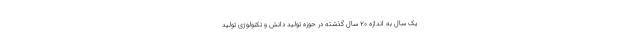
یک سال به اندازه ۲۰ سال گذشته در حوزه تولید دانش و تکنولوژی تولید